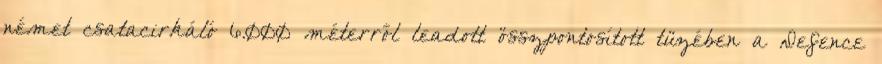
német csatacirkáló 6.000 méterről leadott összpontosított tüzében a Defence